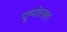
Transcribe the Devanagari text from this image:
पुष्पोत्सव